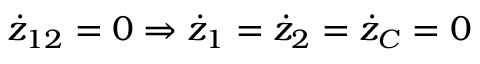
\dot { z } _ { 1 2 } = 0 \Rightarrow \dot { z } _ { 1 } = \dot { z } _ { 2 } = \dot { z } _ { C } = 0